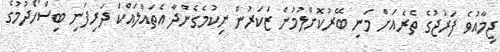
ޖިމާއުވެ ފަރުޖުގެ ތެރެއަށް މަނި ބޭރުކޮށްލުމުން ޒަކަރުން ނިކުމެގެންދާ އެތައްލައްކަ ދަރިފަނި ބިސްހޯދުމުގެ